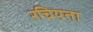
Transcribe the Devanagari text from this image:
रचियता